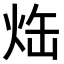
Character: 𤈒